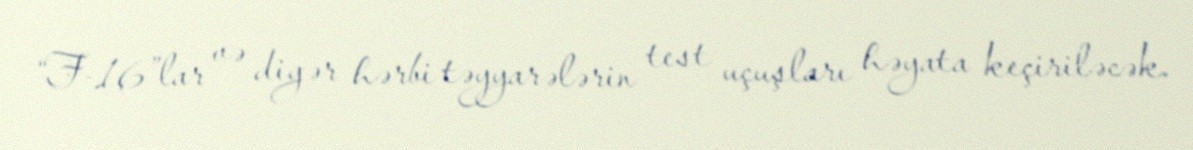
“F-16”lar və digər hərbi təyyarələrin test uçuşları həyata keçiriləcək.